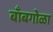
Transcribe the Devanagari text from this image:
बाँबगोळा